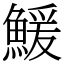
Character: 鰀